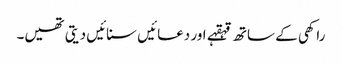
راکھی کے ساتھ قہقہے اور دعائیں سنائیں دیتی تھیں۔